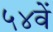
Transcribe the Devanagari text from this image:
५४वें